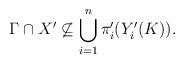
LaTeX: \begin{align*}\Gamma \cap X' \not\subseteq \bigcup_{i=1}^n \pi_i'(Y_i'(K)).\end{align*}